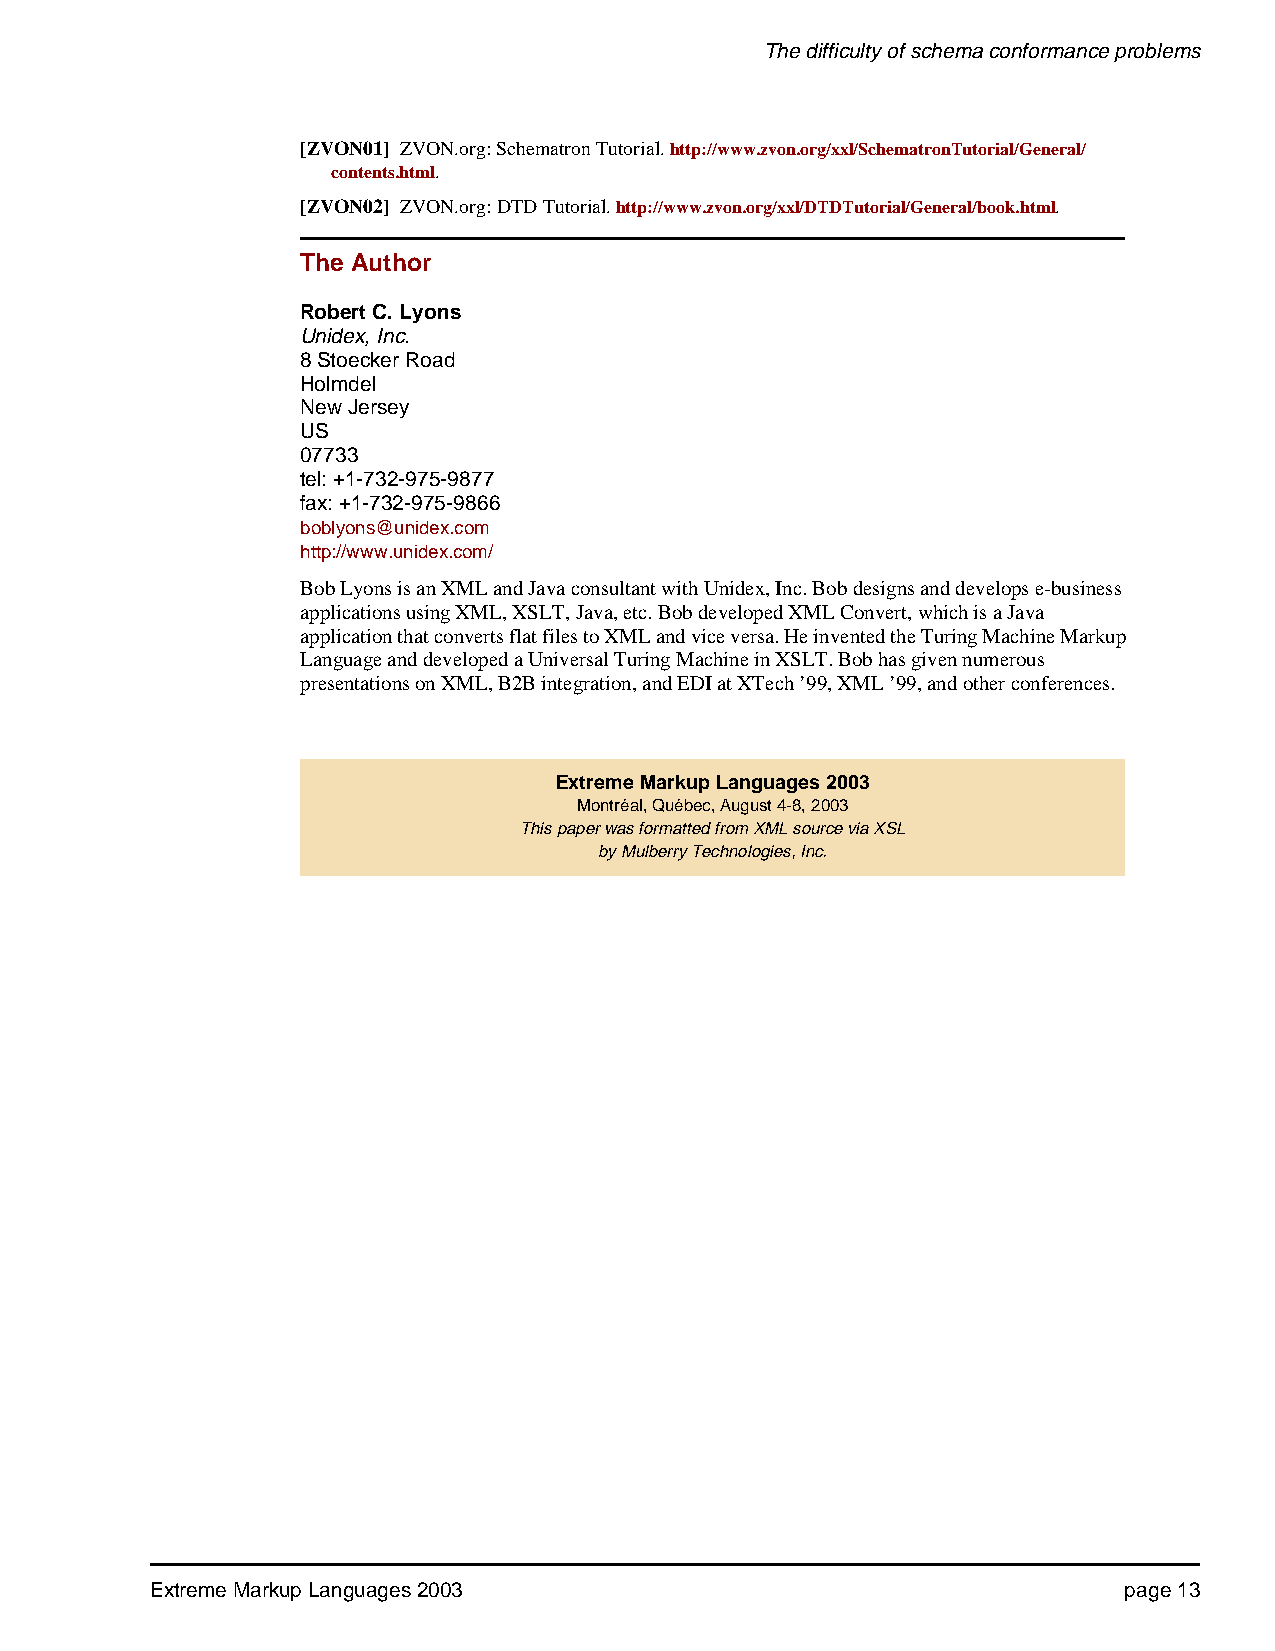
The difficulty of schema conformance problems
 [ZVON01] ZVON.org: Schematron Tutorial. http://www.zvon.org/xxl/SchematronTutorial/General/
 contents.html.
 [ZVON02] ZVON.org: DTD Tutorial. http://www.zvon.org/xxl/DTDTutorial/General/book.html.
 The Author
 Robert C. Lyons
 Unidex, Inc.
 8 Stoecker Road
 Holmdel
 New Jersey
 US
 07733
 tel: +1-732-975-9877
 fax: +1-732-975-9866
 boblyons@unidex.com
 http://www.unidex.com/
 Bob Lyons is an XML and Java consultant with Unidex, Inc. Bob designs and develops e-business
 applications using XML, XSLT, Java, etc. Bob developed XML Convert, which is a Java
 application that converts flat files to XML and vice versa. He invented the Turing Machine Markup
 Language and developed a Universal Turing Machine in XSLT. Bob has given numerous
 presentations on XML, B2B integration, and EDI at XTech ’99, XML ’99, and other conferences.
 Extreme Markup Languages 2003
 Montréal, Québec, August 4-8, 2003
 This paper was formatted from XML source via XSL
 by Mulberry Technologies, Inc.
 Extreme Markup Languages 2003                                   page 13